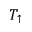
T _ { \uparrow }